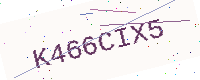
Text: K466CIX5